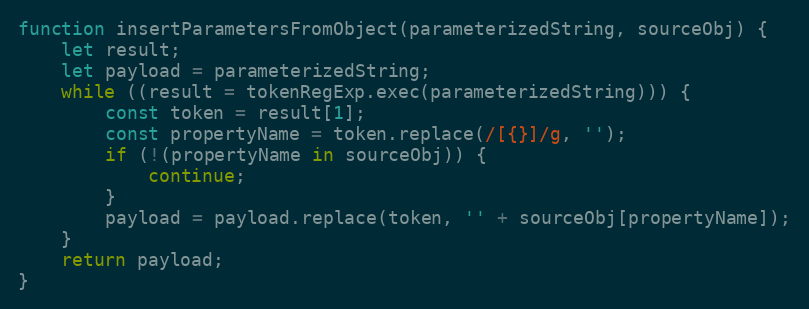
Language: JavaScript
function insertParametersFromObject(parameterizedString, sourceObj) {
    let result;
    let payload = parameterizedString;
    while ((result = tokenRegExp.exec(parameterizedString))) {
        const token = result[1];
        const propertyName = token.replace(/[{}]/g, '');
        if (!(propertyName in sourceObj)) {
            continue;
        }
        payload = payload.replace(token, '' + sourceObj[propertyName]);
    }
    return payload;
}